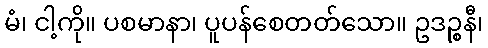
မံ၊ ငါ့ကို။ ပစမာနာ၊ ပူပန်စေတတ်သော။ ဥဒဉ္စနီ၊